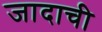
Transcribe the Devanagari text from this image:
जादाची